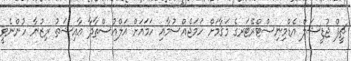
ޗީފް ޖުޑީޝަލް އެޑްމިނިސްޓްރޭޓަރގެ މަޤާމަށް ހަމަޖެއްސުމާއި ހަމައަށް އަލްއުސްތާޛާ ޢާއިޝަތު ރިޒުނާ ހުންނެވީ